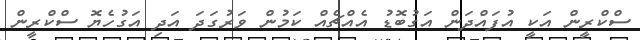
ސްކްރީން އަކީ އުފައްދަން އަގުބޮޑު އެއްޗެއް ކަމުން ވަރުގަދަ އަދި އަގުހެޔޮ ސްކްރީން